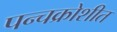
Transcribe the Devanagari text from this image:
पन्चक्रोशीत